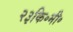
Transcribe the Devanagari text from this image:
२३कि॰मी॰